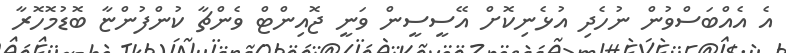
އެ އެއްބަސްވުން ނުހެދި އުޅެނިކޮށް އޭސީސީން ވަނީ ޖޮއިންޓް ވެންޗާ ކުންފުންޏާ ބޮޑުމޮހޮރާ